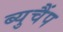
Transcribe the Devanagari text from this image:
ब्युचैंप